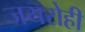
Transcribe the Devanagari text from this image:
जयरोही